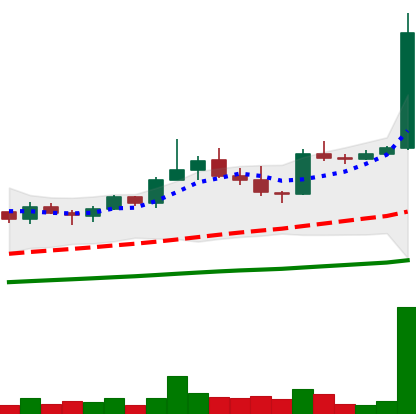
Ticker: TRX-USD
Chart end date: 2021-03-31
Forward return: 48.112%
Label: up_7plus